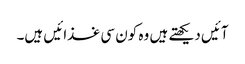
آئیں دیکھتے ہیں وہ کون سی غذائیں ہیں۔